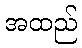
အထည်